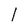
Character: l